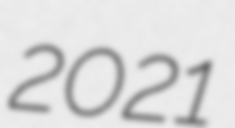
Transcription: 2021